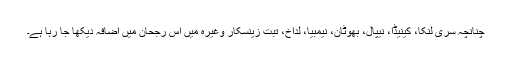
چنانچہ سری لنکا، کینیڈا، نیپال، بھوٹان، نیمبیا، لداخ، تبت زینسکار وغیرہ میں اس رجحان میں اضافہ دیکھا جا رہا ہے۔